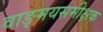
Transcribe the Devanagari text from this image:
वाङ्मयसमीक्षक